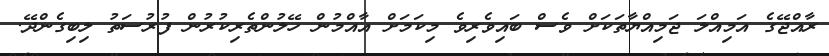
ރާއްޖޭގެ އަމިއްލަ ޖަމިއްޔާތަކަށް ވެސް ބައިވެރިވެ މިކަމަށް އާއްމުން ހޭލުންތެރިކުރުން ފުރުސަތު ލިބިގެންދޭ.